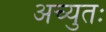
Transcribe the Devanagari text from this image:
अच्युतः